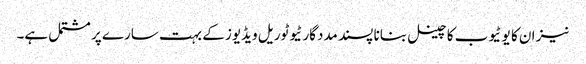
نیز ان کا یو ٹیوب کا چینل بنانا پسند مددگار ٹیوٹوریل ویڈیوز کے بہت سارے پر مشتمل ہے۔